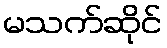
မသက်ဆိုင်